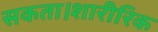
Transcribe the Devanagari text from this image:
सकता।शारीरिक